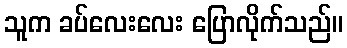
သူက ခပ်လေးလေး ပြောလိုက်သည်။